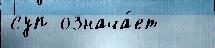
суп означа́ет  --